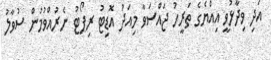
އަދި ވިދާޅުވީ އިއްޔެގެ ތަރީހު ޖައްސަވާ މިއަދު އޮޑިޓު ރިޕޯޓު ނެރުއްވުމުން ސުވާލު